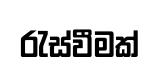
රැස්වීමක්